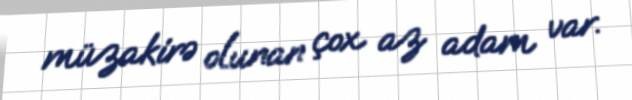
müzakirə olunan çox az adam var.